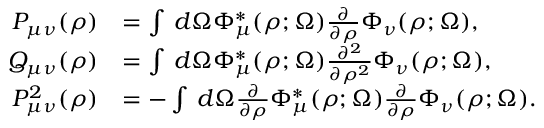
\begin{array} { r l } { P _ { \mu \nu } ( \rho ) } & { = \int \, d \Omega \Phi _ { \mu } ^ { * } ( \rho ; \Omega ) \frac { \partial } { \partial \rho } \Phi _ { \nu } ( \rho ; \Omega ) , } \\ { Q _ { \mu \nu } ( \rho ) } & { = \int \, d \Omega \Phi _ { \mu } ^ { * } ( \rho ; \Omega ) \frac { \partial ^ { 2 } } { \partial \rho ^ { 2 } } \Phi _ { \nu } ( \rho ; \Omega ) , } \\ { P _ { \mu \nu } ^ { 2 } ( \rho ) } & { = - \int \, d \Omega \frac { \partial } { \partial \rho } \Phi _ { \mu } ^ { * } ( \rho ; \Omega ) \frac { \partial } { \partial \rho } \Phi _ { \nu } ( \rho ; \Omega ) . } \end{array}